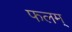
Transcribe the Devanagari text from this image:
फलम्